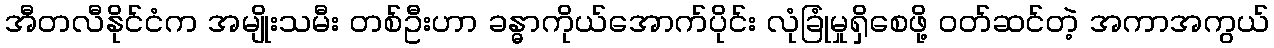
အီတလီနိုင်ငံက အမျိုးသမီး တစ်ဦးဟာ ခန္ဓာကိုယ်အောက်ပိုင်း လုံခြုံမှုရှိစေဖို့ ဝတ်ဆင်တဲ့ အကာအကွယ်